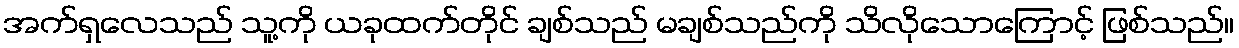
အက်ရှလေသည် သူ့ကို ယခုထက်တိုင် ချစ်သည် မချစ်သည်ကို သိလိုသောကြောင့် ဖြစ်သည်။